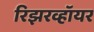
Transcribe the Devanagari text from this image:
रिझरव्हॉयर